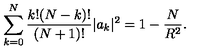
\sum _ { k = 0 } ^ { N } \frac { k ! ( N - k ) ! } { ( N + 1 ) ! } | a _ { k } | ^ { 2 } = 1 - \frac { N } { R ^ { 2 } } .